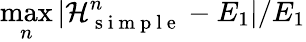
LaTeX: \operatorname*{max}_{n}|\mathcal H_{\mathrm{~s~i~m~p~l~e~}}^{n}-E_{1}|/E_{1}